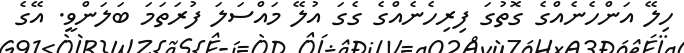
ހިލޭ އަންހެނެއްގެ ގޮތުގަ ފިރިހެނެއްގެ ގެގަ އުލޭ މައްސަލަ ފުރަތަމަ ބަލަންވީ. އޭގެ